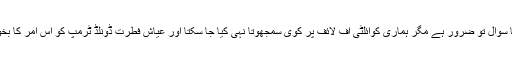
عالمی سیاست کا سوال تو ضرور ہے مگر ہماری کوائلٹی اف لائف پر کوی سمجھوتا نہی کیا جا سکتا اور عیاش فطرت ڈونلڈ ٹرمپ کو اس امر کا بخوبی احساس ہے۔